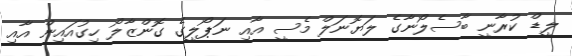
ލީޑް ކުރާނީ ބާސެލޯނާގެ ލަޔޮނަލް މެސީ އާއި ނަޕޯލީގެ ގޮންޒާލޯ ހިގުއައިން އާއި